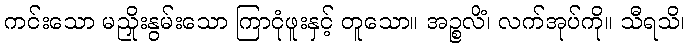
ကင်းသော မညှိုးနွမ်းသော ကြာငုံဖူးနှင့် တူသော။ အဉ္စလိံ၊ လက်အုပ်ကို။ သီရသိ၊